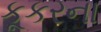
કૂકરના